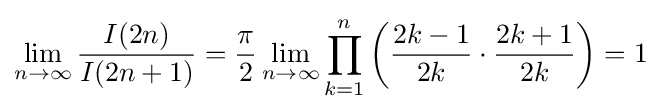
\lim _{n\rightarrow \infty }{\frac {I(2n)}{I(2n+1)}}={\frac {\pi }{2}}\lim _{n\rightarrow \infty }\prod _{k=1}^{n}\left({\frac {2k-1}{2k}}\cdot {\frac {2k+1}{2k}}\right)=1